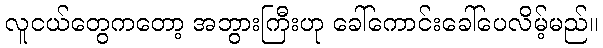
လူငယ်တွေကတော့ အဘွားကြီးဟု ခေါ်ကောင်းခေါ်ပေလိမ့်မည်။